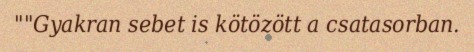
""Gyakran sebet is kötözött a csatasorban.